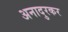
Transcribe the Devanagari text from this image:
अनादुरकर